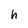
Character: h